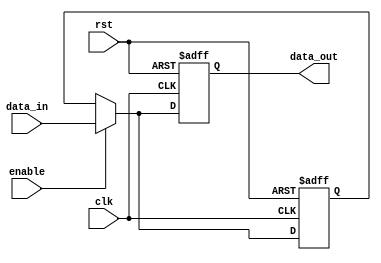
module Simple_Bypass_Register (
    input wire clk,
    input wire rst,
    input wire enable,
    input wire [7:0] data_in,
    output reg [7:0] data_out
);

reg [7:0] sync_data;

always @(posedge clk or posedge rst) begin
    if (rst) begin
        sync_data <= 8'b0;
    end else begin
        if (enable) begin
            sync_data <= data_in;
        end
    end
end

always @(posedge clk or posedge rst) begin
    if (rst) begin
        data_out <= 8'b0;
    end else begin
        data_out <= (enable) ? data_in : sync_data;
    end
end

endmodule